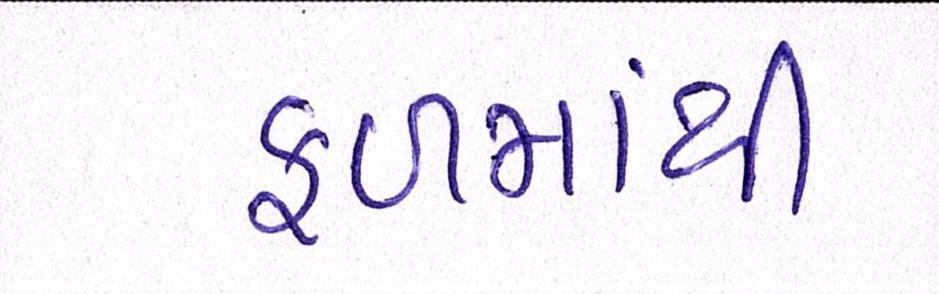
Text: ફળમાંથી